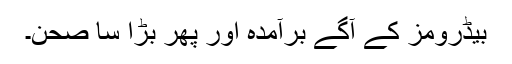
بیڈرومز کے آگے برآمدہ اور پھر بڑا سا صحن۔